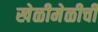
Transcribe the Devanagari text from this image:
खेळीमेळीची